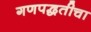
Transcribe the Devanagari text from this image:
गणपद्धतीचा